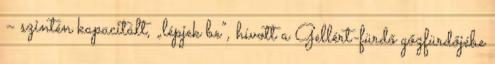
– szintén kapacitált, „lépjek be”, hívott a Gellért-fürdő gőzfürdőjébe